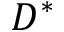
D ^ { * }